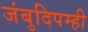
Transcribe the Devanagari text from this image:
जंबुदिपम्ही